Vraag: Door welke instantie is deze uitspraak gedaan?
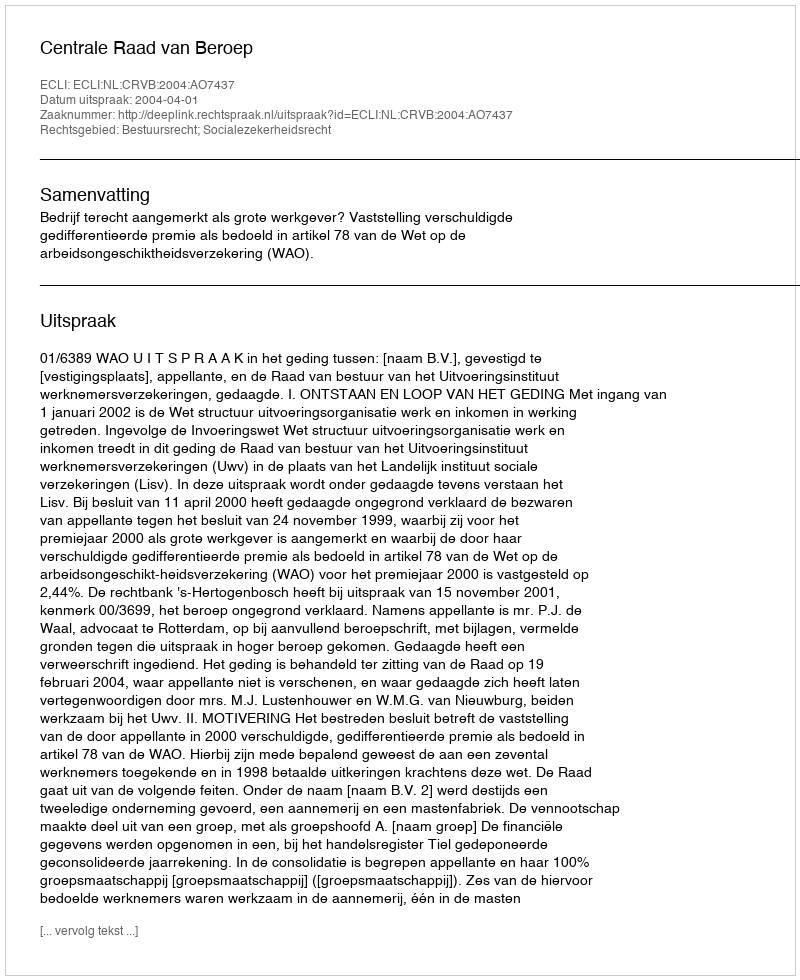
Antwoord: Centrale Raad van Beroep